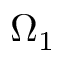
\Omega _ { 1 }